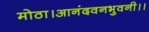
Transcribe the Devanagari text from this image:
मोठा।आनंदवनभुवनी।।